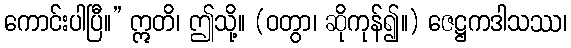
ကောင်းပါပြီ။” ဣတိ၊ ဤသို့။ (ဝတွာ၊ ဆိုကုန်၍။) ဇေဋ္ဌကဒါသဿ၊